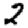
Digit: 2